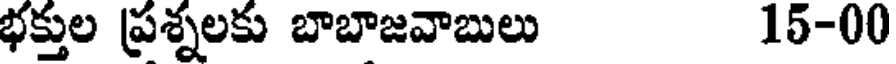
భక్తుల ప్రశ్నలకు బాబాజవాబులు 15-00